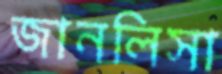
জানলিসা